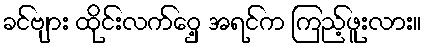
ခင်ဗျား ထိုင်းလက်ဝှေ့ အရင်က ကြည့်ဖူးလား။